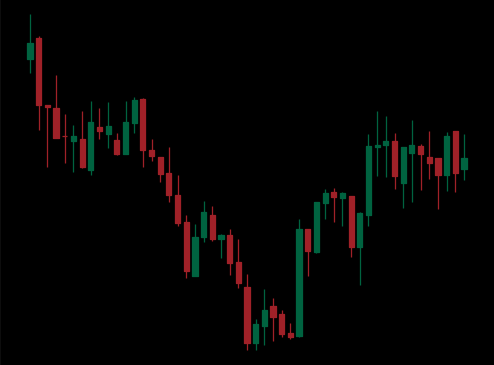
Pattern: inverse_head_shoulders